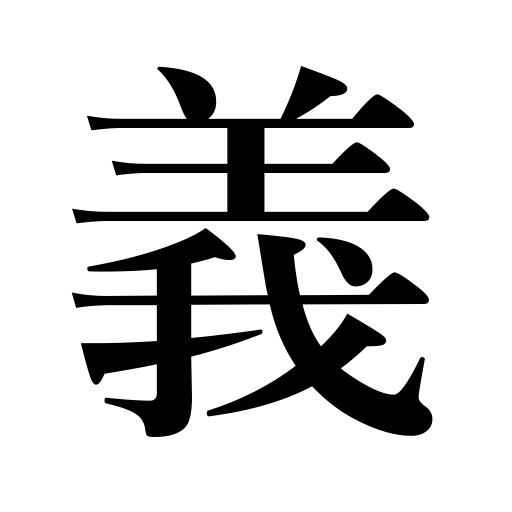
Meanings: chivalry,significance,integrity,devotion,meaning,humanity,honor,justice,righteousness,morality,loyalty